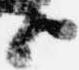
上